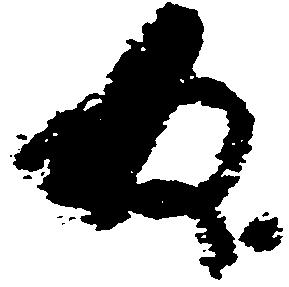
為